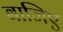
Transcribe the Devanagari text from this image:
बाजिए